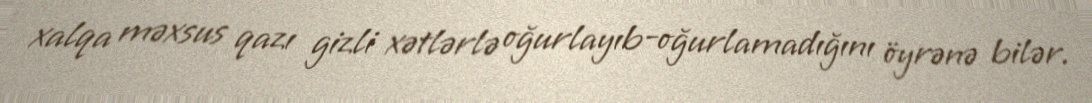
xalqa məxsus qazı gizli xətlərlə oğurlayıb-oğurlamadığını öyrənə bilər.